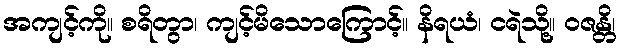
အကျင့်ကို။ စရိတွာ၊ ကျင့်မိသောကြောင့်။ နိရယံ၊ ငရဲသို့။ ဝဇန္တိ၊